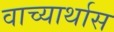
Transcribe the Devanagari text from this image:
वाच्यार्थास